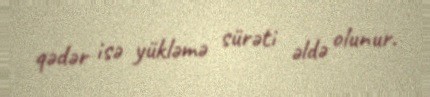
qədər isə yükləmə sürəti əldə olunur.